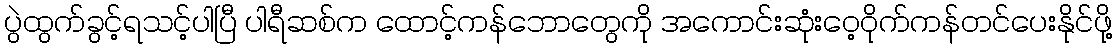
ပွဲထွက်ခွင့်ရသင့်ပါပြီ ပါရီဆစ်က ထောင့်ကန်ဘောတွေကို အကောင်းဆုံးဝေ့ဝိုက်ကန်တင်ပေးနိုင်ဖို့